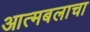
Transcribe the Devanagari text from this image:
आत्मबलाचा